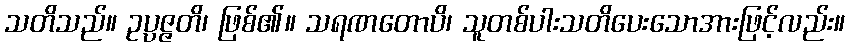
သတိသည်။ ဥပ္ပဇ္ဇတိ၊ ဖြစ်၏။ သရဏတောပိ၊ သူတစ်ပါးသတိပေးသောအားဖြင့်လည်း။